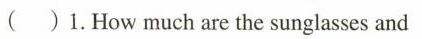
( )1.How much are the sunglasses and